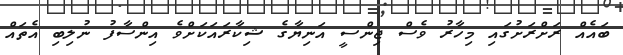
ބައެއް ރަށްރަށުގައި މިހާރު ވެސް ޖިންސީ އަނިޔާގެ ޝިކާރައަކަށްވެ އިންސާފު ނުލިބި އެތައް